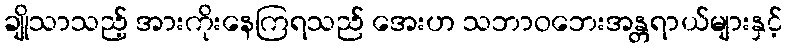
ချိုသာသည့် အားကိုးနေကြရသည် အေးဟ သဘာဝဘေးအန္တရာယ်များနှင့်